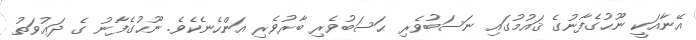
އޭނާއަކީ ނޫޙުގެފާނުގެ ޤައުމުގައި ނަސަބުވެރި ޙަސަބުވެރި ބާރުވެރި އަންހެނެކެވެ. ނޫޙުގެފާނު ގެ ދަޢުވަތު